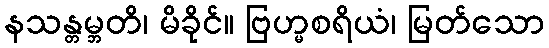
နသန္တမ္ဘတိ၊ မိခိုင်။ ဗြဟ္မစရိယံ၊ မြတ်သော